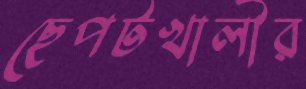
ছেপটখালীর